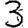
Digit: 3